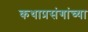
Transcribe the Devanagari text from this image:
कथाप्रसंगांच्या